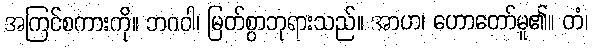
အကြင်စကားကို။ ဘဂဝါ၊ မြတ်စွာဘုရားသည်။ အာဟ၊ ဟောတော်မူ၏။ တံ၊